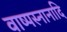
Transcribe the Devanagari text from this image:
वाष्पस्नानादि